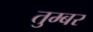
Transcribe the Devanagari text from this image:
तुम्बर